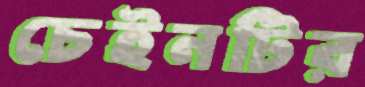
চেইনটির